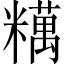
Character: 䊪